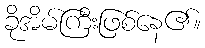
ခိုအိမ်ကြီးဖြစ်နေ၏။